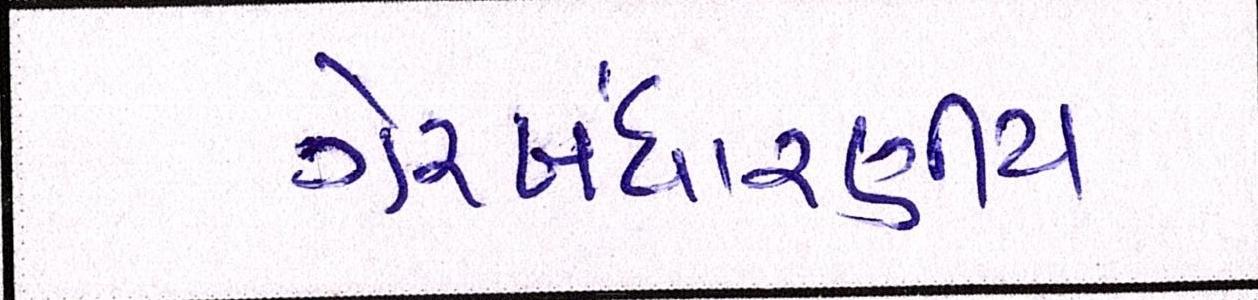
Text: ગેરબંધારણીય